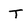
Character: T